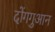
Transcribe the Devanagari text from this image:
दोंगगुआन